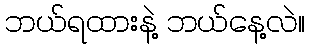
ဘယ်ရထားနဲ့ ဘယ်နေ့လဲ။